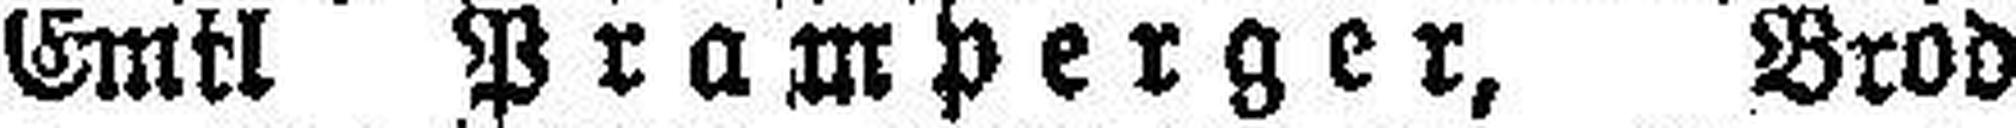
Emil Pramperger, Brod